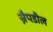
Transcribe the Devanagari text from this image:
स्नैपडील